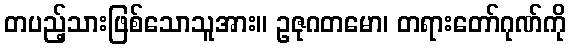
တပည့်သားဖြစ်သောသူအား။ ဥဇုဂတမော၊ တရားတော်ဂုဏ်ကို